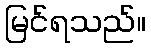
မြင်ရသည်။